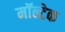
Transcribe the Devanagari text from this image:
मॉल्टेक